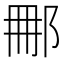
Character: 𨚿